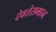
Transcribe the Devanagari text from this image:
देवतेसमान